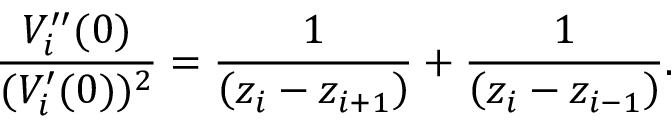
\frac { V _ { i } ^ { \prime \prime } ( 0 ) } { ( V _ { i } ^ { \prime } ( 0 ) ) ^ { 2 } } = \frac { 1 } { \left( z _ { i } - z _ { i + 1 } \right) } + \frac { 1 } { \left( z _ { i } - z _ { i - 1 } \right) } .